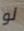
لو